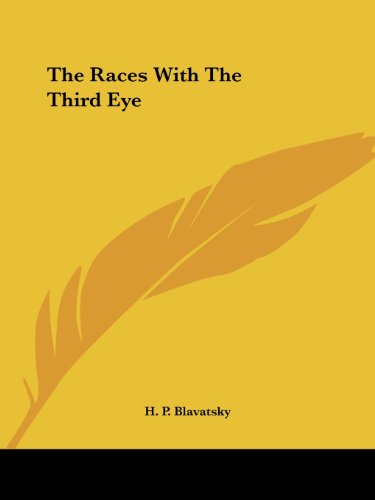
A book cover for The Races With The Third Eye; H. P. Blavatsky; Religion & Spirituality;